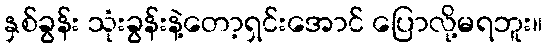
နှစ်ခွန်း သုံးခွန်းနဲ့တော့ရှင်းအောင် ပြောလို့မရဘူး။